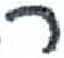
אות: ר